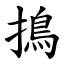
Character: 㨶